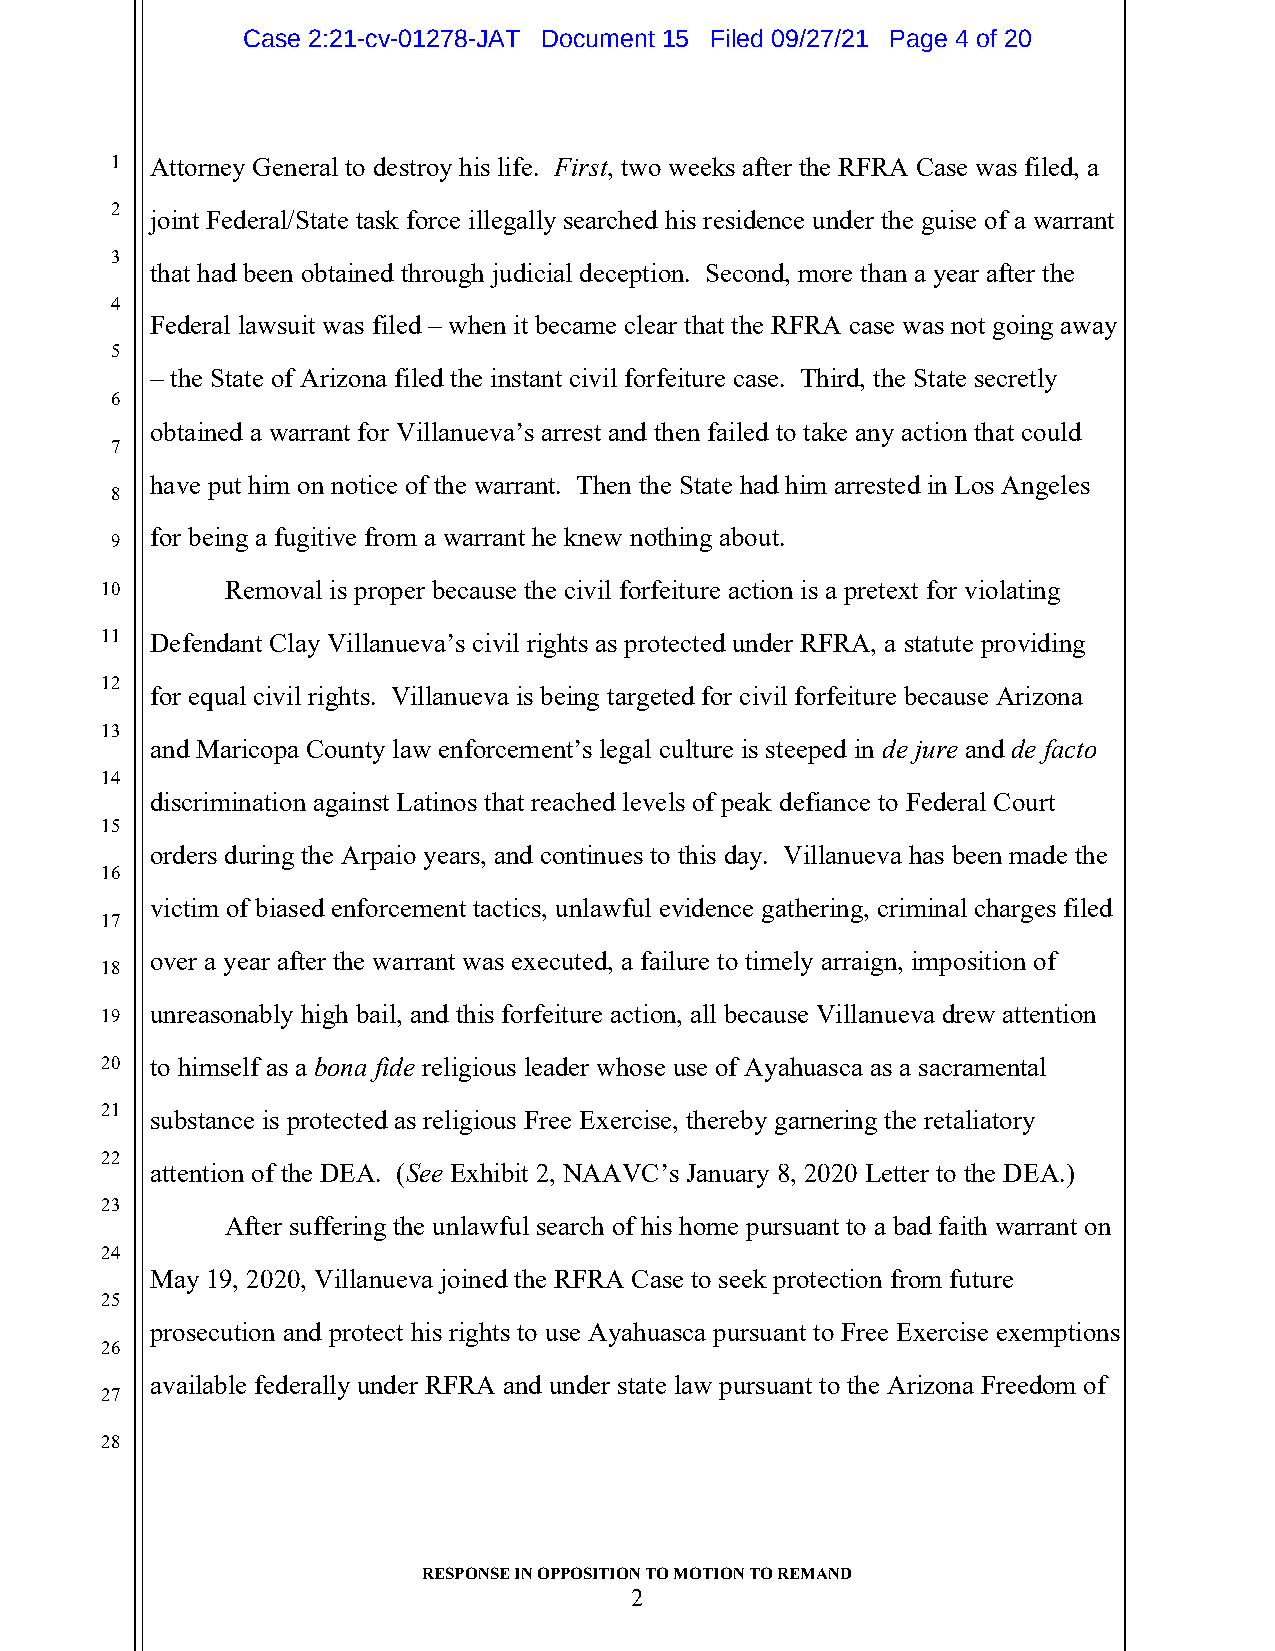
Case 2:21-cv-01278-JAT Document 15 Filed 09/27/21 Page 4 of 20
 1  Attorney General to destroy his life. First, two weeks after the RFRA Case was filed, a
 2
 joint Federal/State task force illegally searched his residence under the guise of a warrant
 3
 that had been obtained through judicial deception. Second, more than a year after the
 4
 Federal lawsuit was filed – when it became clear that the RFRA case was not going away
 5
 – the State of Arizona filed the instant civil forfeiture case. Third, the State secretly
 6
 obtained a warrant for Villanueva’s arrest and then failed to take any action that could
 7
 have put him on notice of the warrant. Then the State had him arrested in Los Angeles
 8
 for being a fugitive from a warrant he knew nothing about.
 9
 10      Removal is proper because the civil forfeiture action is a pretext for violating
 11 Defendant Clay Villanueva’s civil rights as protected under RFRA, a statute providing
 12
 for equal civil rights. Villanueva is being targeted for civil forfeiture because Arizona
 13
 and Maricopa County law enforcement’s legal culture is steeped in de jure and de facto
 14
 discrimination against Latinos that reached levels of peak defiance to Federal Court
 15
 orders during the Arpaio years, and continues to this day. Villanueva has been made the
 16
 victim of biased enforcement tactics, unlawful evidence gathering, criminal charges filed
 17
 over a year after the warrant was executed, a failure to timely arraign, imposition of
 18
 19 unreasonably high bail, and this forfeiture action, all because Villanueva drew attention
 20 to himself as a bona fide religious leader whose use of Ayahuasca as a sacramental
 21
 substance is protected as religious Free Exercise, thereby garnering the retaliatory
 22
 attention of the DEA. (See Exhibit 2, NAAVC’s January 8, 2020 Letter to the DEA.)
 23
 After suffering the unlawful search of his home pursuant to a bad faith warrant on
 24
 May 19, 2020, Villanueva joined the RFRA Case to seek protection from future
 25
 prosecution and protect his rights to use Ayahuasca pursuant to Free Exercise exemptions
 26
 available federally under RFRA and under state law pursuant to the Arizona Freedom of
 27
 28
 RESPONSE IN OPPOSITION TO MOTION TO REMAND
 2